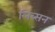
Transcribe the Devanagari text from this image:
लिब्सन